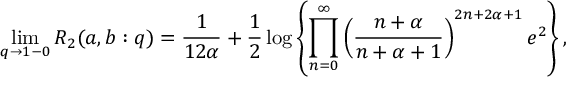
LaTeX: \operatorname * { l i m } _ { q \to 1 - 0 } R _ { 2 } ( a , b : q ) = \frac { 1 } { 1 2 \alpha } + \frac 1 2 \log \left\{ \prod _ { n = 0 } ^ { \infty } \left( \frac { n + \alpha } { n + \alpha + 1 } \right) ^ { 2 n + 2 \alpha + 1 } e ^ { 2 } \right\} ,